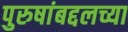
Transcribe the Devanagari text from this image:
पुरुषांबद्दलच्या